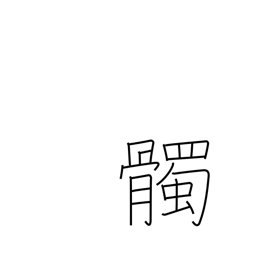
Meaning: skull